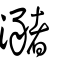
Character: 瀦